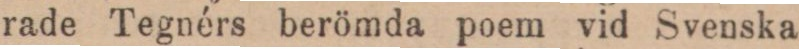
rade Tegnérs berömda poem vid Svenska